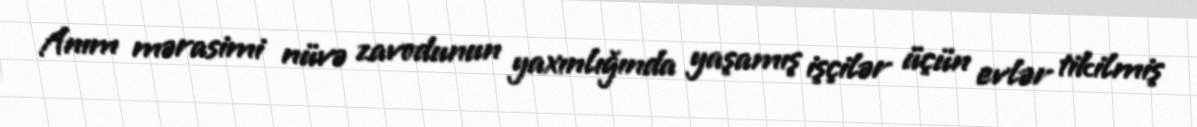
Anım mərasimi nüvə zavodunun yaxınlığında yaşamış işçilər üçün evlər tikilmiş